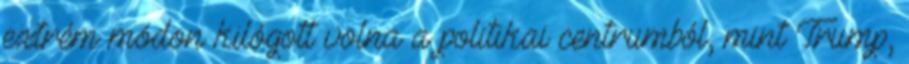
extrém módon kilógott volna a politikai centrumból, mint Trump,